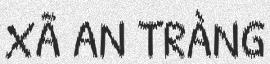
XÃ AN TRÀNG